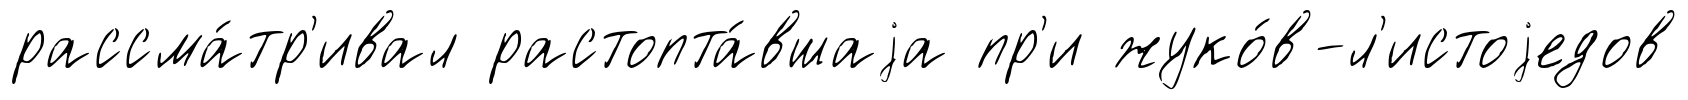
рассма́тр'ивал растопта́вшаjа пр'и жуко́в-л'истоjедов